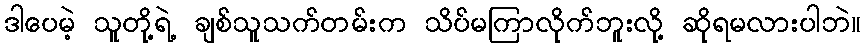
ဒါပေမဲ့ သူတို့ရဲ့ ချစ်သူသက်တမ်းက သိပ်မကြာလိုက်ဘူးလို့ ဆိုရမလားပါဘဲ။